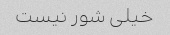
خیلی شور نیست